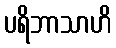
ပရိဘာသာဟိ